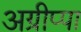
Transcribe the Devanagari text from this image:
अग्रीप्पा